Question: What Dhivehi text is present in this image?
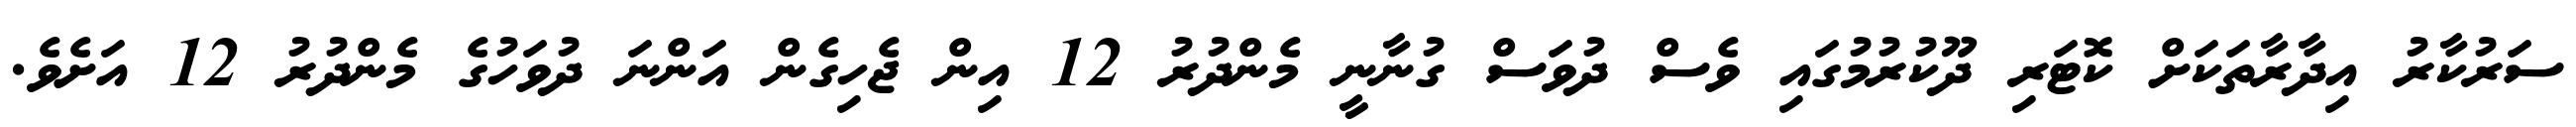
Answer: ސަރުކާރު އިދާރާތަކަށް ކޮޓަރި ދޫކުރުމުގައި ވެސް ދުވަސް ގުނާނީ މެންދުރު 12 އިން ޖެހިގެން އަންނަ ދުވަހުގެ މެންދުރު 12 އަށެވެ.